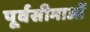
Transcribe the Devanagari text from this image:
पूर्वसीमाओं